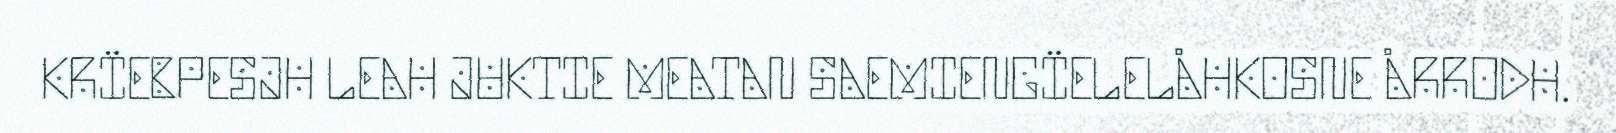
KRÏEBPESJH LEAH JUKTIE MEATAN SAEMIENGÏELELÅHKOSNE ÅRRODH.